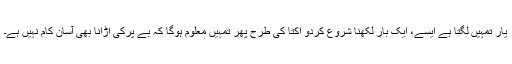
یار تمہیں لگتا ہے ایسے، ایک بار لکھنا شروع کردو اکتا کی طرح پھر تمہیں معلوم ہوگا کہ بے پرکی اڑانا بھی آسان کام نہیں ہے۔